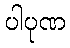
ပါပုဏ